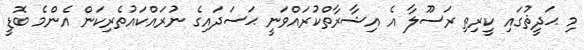
މި ޙަދީޘުގައި ކީރިތި ރަސޫލާ އެ އިޝާރާތްކުރައްވަނީ ޙަސަދައިގެ ނުރައްކައުތެރިކަން އެންމެ ބޮޑީ